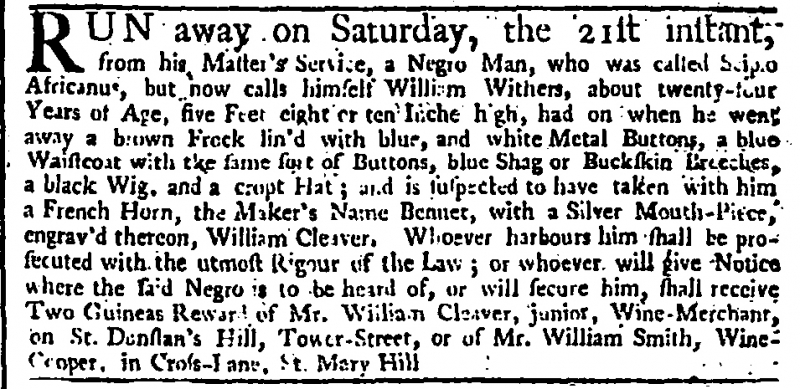
Daily Advertiser, 25 April 1744 (England)
RUN away on Saturday, the 21st instant, from his Master’s Service, a Negro Man, who was called Scipio Africanus, but now calls himself William Withers, about twenty-four Years of Age, five Feet eight or ten Inches high, had on when he went away a brown Frock lin’d with blue, and white Metal Buttons, a blue Waistcoat with the same sort of Buttons, blue Shag or Buckskin Breeches, a black Wig, and a cropt Hat; and is suspected to have taken with him a French Horn, the Maker’s Name Bennet, with a Silver Mouth-Piece, engrav’d thereon, William Cleaver. Whoever harbours him shall be prosecuted with the utmost Rigour of the Law; or whoever will give Notice where the said Negro is to be heard of, or will secure him, shall receive Two Guineas Reward of Mr. William Cleaver, junior, Wine-Merchant, on St. Dunstan’s Hill, Tower-Street, or of Mr. William Smith, Wine-Cooper, in Cross-Lane, St. Mary Hill